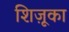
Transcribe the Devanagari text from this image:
शिज़ूका